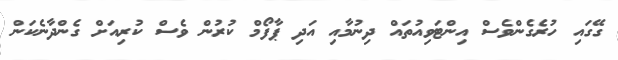
ގޭގައި ހުރެގެންވެސް އިންޓަވިއުތައް ދިނުމާއި އަދި ޕާފޯމް ކުރުން ވެސް ކުރިއަށް ގެންދާނެކަން